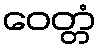
ဝေတ္တံ